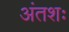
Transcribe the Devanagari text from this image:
अंतशः